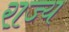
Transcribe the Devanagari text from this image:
रा़ज्य